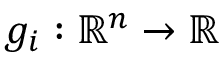
g _ { i } : \, \! \mathbb { R } ^ { n } \rightarrow \mathbb { R }